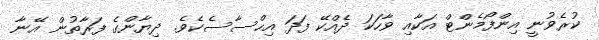
ކުރެވުނީ އިންފޯމެންޓް އަކާއި ވާހަކަ ދެއްކޭ ފަދަ އިޙްސާސެކެވެ. ދިޔާންގެ ފަރާތުން އޭނާ